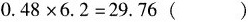
$$0.48\times 6.2=29.76()$$